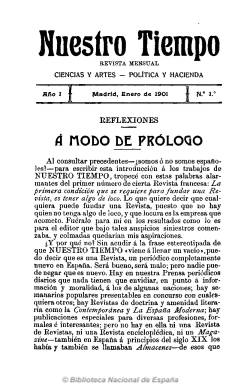
Título: Nuestro tiempo (Madrid)
Colección: Cultura
Ámbito geográfico: Madrid
Lugar de publicación: Madrid
Fechas: 01/01/1901-31/12/1926

Una de las más prestigiosas revistas del primer tercio del siglo veinte que da cuenta del movimiento político, económico, social, intelectual y literario de España, y en ocasiones de Europa e hispanoamerica, y que está unida estrechamente a su fundador y director, el periodista, escritor y político Eduardo Canals Vilaró (1867-1938), miembro del Partido Conservador, del que fue diputado a Cortes desde 1903, secretario de prensa de Antonio Maura (1853-1925), subsecretario de la Presidencia del Gobierno (1908-1909 y 1919-1921) y que a partir de 1910 se había adscrito al equipo de Eduardo Dato (1856-1921).

Aparece en enero de 1901, y tal como expresa su lema –ciencias, artes, política y hacienda- es una revista que publica artículos y crónicas referidas a estos asuntos, además de a economía, industria, agricultura, educación, sanidad, política municipal y regional, arte, arqueología, historia, bibliografía, teatro, etc., comenzando cada entrega con una crónica de actualidad política nacional e internacional, redactada por su director.

Sus contenidos culturales se insertan en secciones como “Crónica científico-filosófica”, firmada por Edmundo González Blanco (1877-1938);  “La vida intelectual de España”, sobre las actividades de ateneos, academias, universidades y demás instituciones culturales; “Revista de revistas”, en la que se hace eco de los contenidos de las más importantes de España y del extranjero; “Revista bibliográfica”, sobre las novedades librescas, y “La vida literaria”, dedicada a la crítica literaria y firmada por Andrés González Blanco (1886-1924) o Pedro González Blanco (1879-1961).

Publica artículos, ensayos y estudios, entre otros muchos, de Nicolás Santos de Otto (1886-1936); la escritora y precursora del movimiento feminista español Margarita Nelken (1896-1968); del conservador Francisco Silvela (1843-1905), sobre los partidos políticos durante la Regencia; del socialista Pablo Iglesias (1850-1925), sobre la historia del movimiento obrero; y de escritores, como Miguel de Unamuno (1864-1936) o Eduardo Marquina (1879-1946). También otros de de carácter filosófico y científico, sobre sicología o religión, como los publicados por el precursor de los estudios sociológicos y representante del catolicismo social español, Severino Aznar (1870-1959).

A diferencia de otras revistas del mismo periodo, dedicadas a la creación literaria, Nuestro tiempo carece de estos contenidos, salvo un par de composiciones poéticas, pero en la misma publican estudios y crítica literaria escritores como Ramón María del Valle Inclán (1866-1936), Emilia Pardo Bazán (1851-1921) o Armando Palacio Valdés (1853-1938). También dará cuenta de la literatura memorialiística con la serie serie “Recuerdos de mi vida”, de Santiago Ramón y Cajal (1852-1934). Asimismo las páginas de la revista darán cabida a crónicas teatrales.

Sus entregas serán mensuales, generalmente, en torno al centenar de páginas cada una. Desde el número 55 (jul. 1905) al número 103 (jul. 1907), serán quincenales. Compuestas a una columna, incluirán muy pocas ilustraciones, salvo algunos retratos de personajes ilustres, aunque al principio su portada estará ilustrada con un dibujo de Pellicer Montseny. Mientras fue quincenal, el escritor colombiano Santiago Pérez Triana (1858-1916), será el autor de la crónica “Política exterior”.

Después de ser editados hasta un total de 336 números, probablemente a cargo del grupo periodístico Prensa Gráfica, desaparecerá en plena dictadura de Primo de Rivera, frente a la cual Canals había decidido abandonar su actividad política definitivamente. Al final de su última entrega, de diciembre de 1926, inserta un índice de todos los autores y artículos publicados durante sus veintiséis años de fructífera vida.